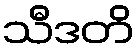
သီဒတိ